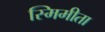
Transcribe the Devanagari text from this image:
स्मिमीता